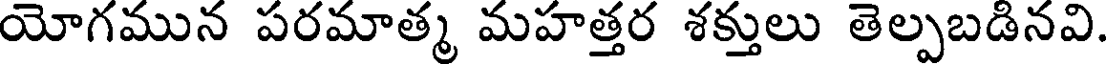
యోగమున పరమాత్మ మహత్తర శక్తులు తెల్పబడినవి.